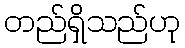
တည်ရှိသည်ဟု